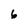
Character: 6